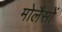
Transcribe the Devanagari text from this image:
मोलैसों